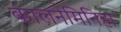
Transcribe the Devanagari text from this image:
कालनेमिनिहा